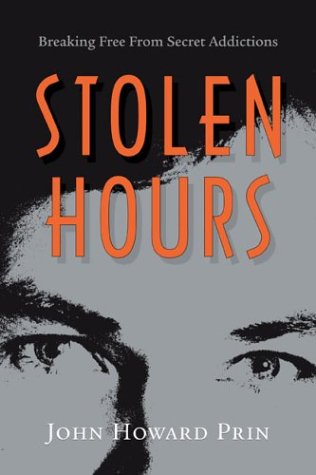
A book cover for Stolen Hours: Breaking Free from Secret Addictions; John Howard Prin; Health, Fitness & Dieting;